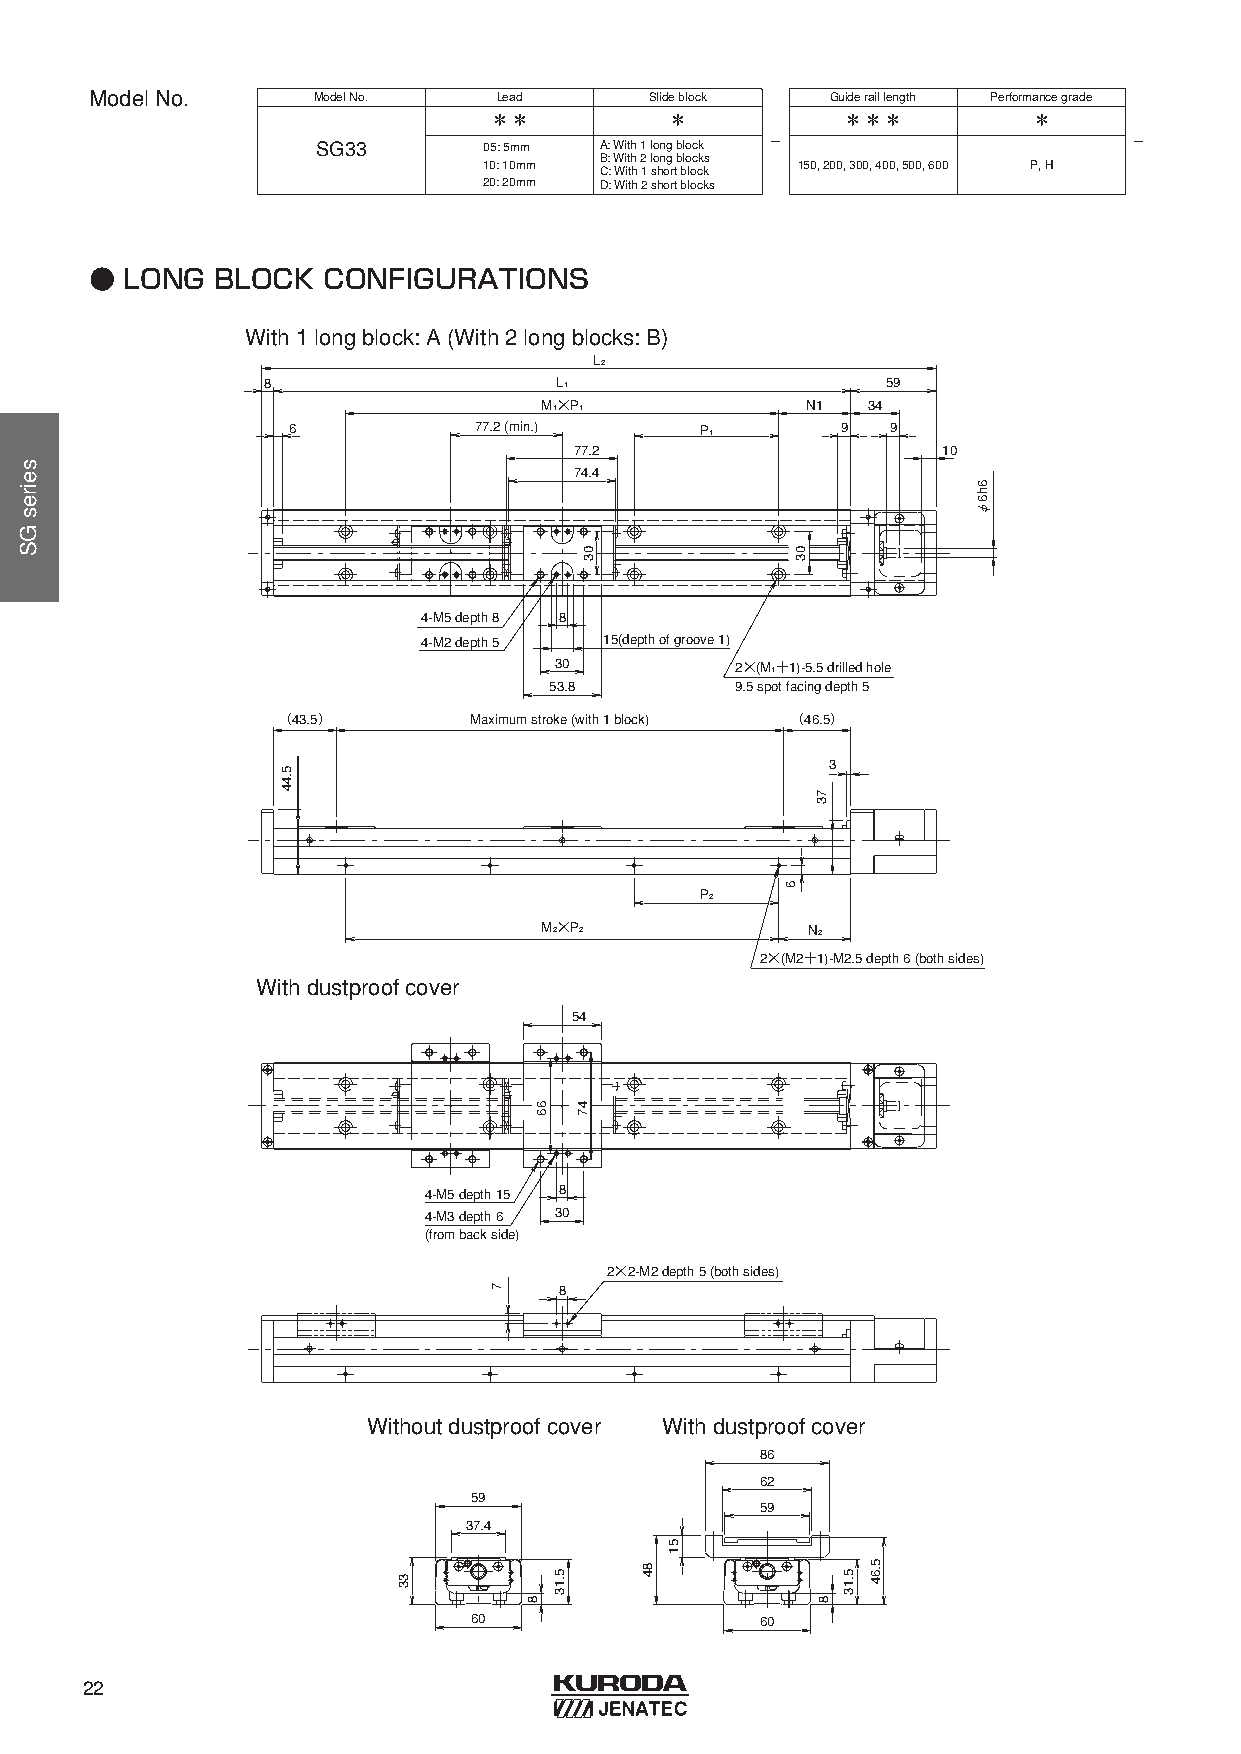
ModelNo.       ModelNo.    Lead      Slideblock  Guideraillength Performancegrade
 ＊＊          ＊           ＊＊＊         ＊
 -                       -
 SG33       05: 5mm0 A: With1 longblock
 B: With2 longblocks
 10: 10mm             150, 200, 300, 400, 500, 600 P, H
 C: With1 shortblock
 20: 20mm D: With2 shortblocks
 ● LONG  BLOCK  CONFIGURATIONS
 With 1 long block: A (With 2 long blocks: B)
 L2
 8                   L1                    59
 M1×P1            N1  34
 6           77.2 (min.)    P1        9  9
 77.2                    10
 74.4
 4-M5 depth 8 8
 4-M2 depth 5 15(depth of groove 1)
 30          2×(M1＋1)-5.5 drilled hole
 53.8         9.5 spot facing depth 5
 （43.5）       Maximum stroke (with 1 block) （46.5）
 3
 P2
 M2×P2            N2
 2×(M2＋1)-M2.5 depth 6 (both sides)
 With dustproof cover
 54
 4-M5 depth 15 8
 4-M3 depth 6 30
 (from back side)
 2×2-M2 depth 5 (both sides)
 8
 Without dustproof cover With dustproof cover
 86
 62
 59
 59
 37.4
 60                 60
 22
 seiresGS
 5.44
 33
 7
 8
 66
 5.13
 03
 47
 84
 51
 6
 03
 73
 8
 5.13
 5.64
 6h6φ